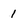
Character: 1